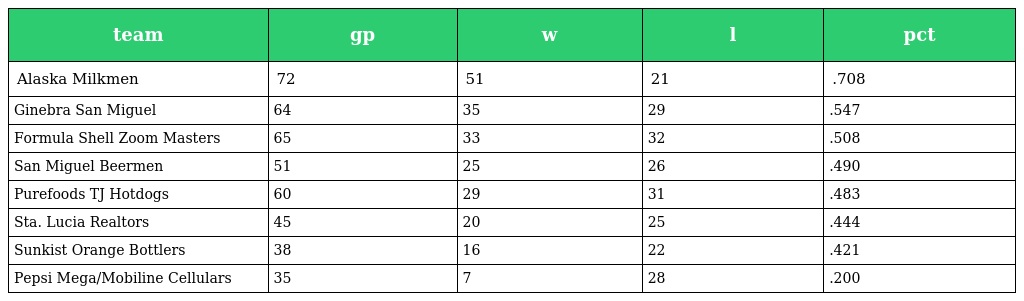
| team | gp | w | l | pct |
 | --- | --- | --- | --- | --- |
 | Alaska Milkmen | 72 | 51 | 21 | .708 |
 | Ginebra San Miguel | 64 | 35 | 29 | .547 |
 | Formula Shell Zoom Masters | 65 | 33 | 32 | .508 |
 | San Miguel Beermen | 51 | 25 | 26 | .490 |
 | Purefoods TJ Hotdogs | 60 | 29 | 31 | .483 |
 | Sta. Lucia Realtors | 45 | 20 | 25 | .444 |
 | Sunkist Orange Bottlers | 38 | 16 | 22 | .421 |
 | Pepsi Mega/Mobiline Cellulars | 35 | 7 | 28 | .200 |